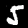
Label: 5